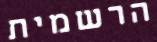
הרשמית